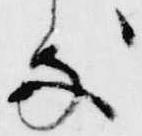
処